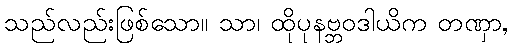
သည်လည်းဖြစ်သော။ သာ၊ ထိုပုနဗ္ဘဝဒါယိက တဏှာ,